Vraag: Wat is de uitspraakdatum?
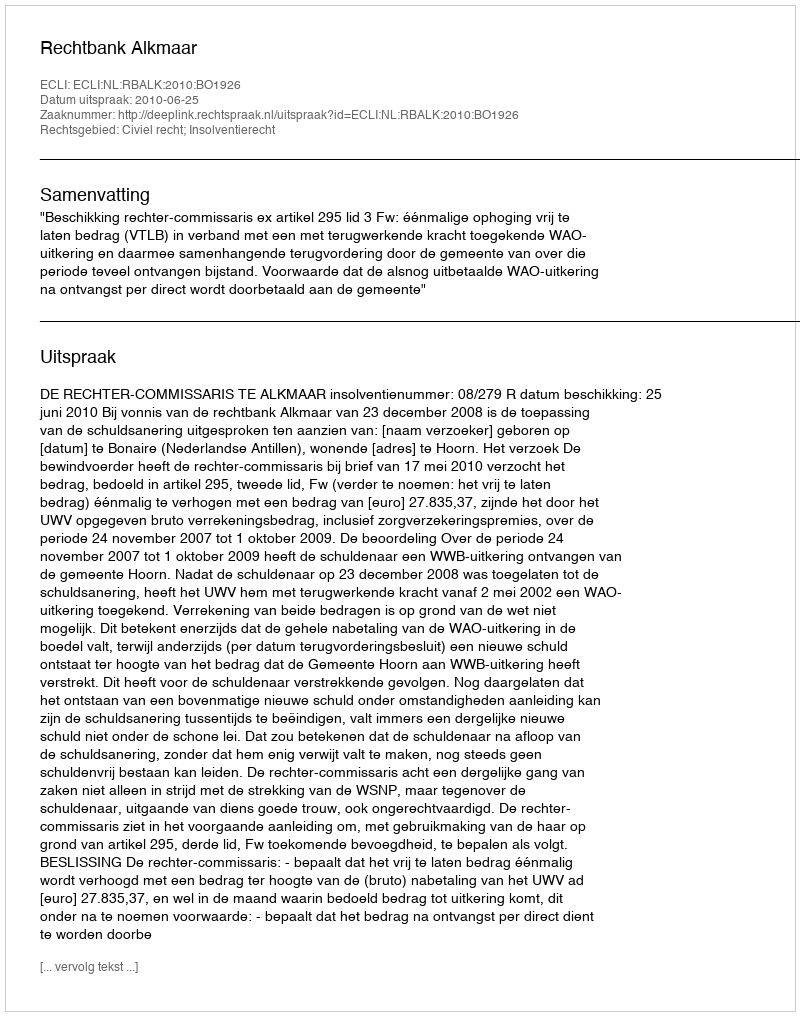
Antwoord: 2010-06-25